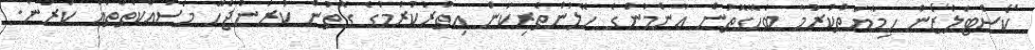
ކޯސްޓަލްޒޯން ހިމާޔަތްކުރުމާ ބެހޭގޮތުން ޢާންމުންގެ ހޭލުންތެރިކަން އިތުރުކުރުމުގެ ގޮތުން ކުރަންޖެހޭ މަސައްކަތްތައް ކުރުން.